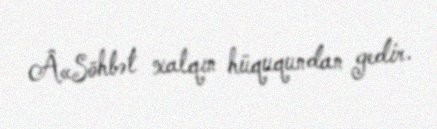
Â«Söhbət xalqın hüququndan gedir.